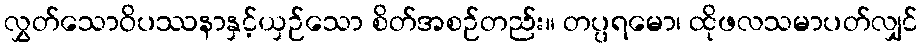
လွှတ်သောဝိပဿနာနှင့်ယှဉ်သော စိတ်အစဉ်တည်း။ တပ္ပရမော၊ ထိုဖလသမာပတ်လျှင်